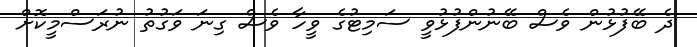
ދެ ބޭފުޅުން ވެސް ބޭނުންފުޅުވީ ސަމިޓުގެ ވީހާ ވެސް ގިނަ ވަގުތު ނުރަސްމީކޮށް